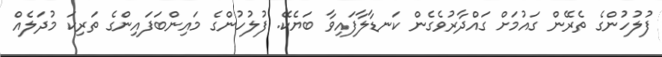
ފުލުހުންގެ ތެރޭން ގައުމަށް ގައްދާރުވެގެން ކަނޑާލާފައިވާ ބަޔެކޭ. ފުލުހުންގެ މައިންބަފައިންގެ ތަރިކަ މުދަލެއް